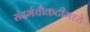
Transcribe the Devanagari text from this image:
संदर्भचौकटीमध्ये